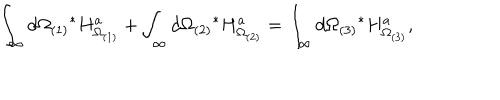
\int _ { \infty } d \Omega _ { ( 1 ) } { } ^ { * } H _ { \Omega _ { ( 1 ) } } ^ { a } + \int _ { \infty } d \Omega _ { ( 2 ) } { } ^ { * } H _ { \Omega _ { ( 2 ) } } ^ { a } = \int _ { \infty } d \Omega _ { ( 3 ) } { } ^ { * } H _ { \Omega _ { ( 3 ) } } ^ { a } ,